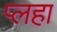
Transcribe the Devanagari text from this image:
प्लहा